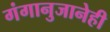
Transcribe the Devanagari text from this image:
गंगानुजानेही